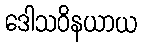
ဒေါသဝိနယာယ